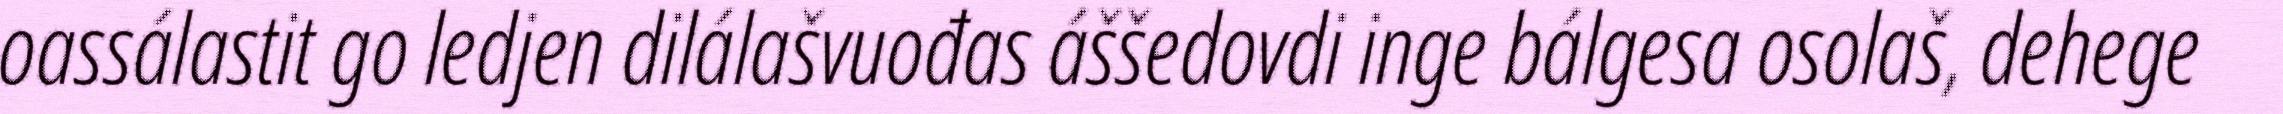
oassálastit go ledjen dilálašvuođas áššedovdi inge bálgesa osolaš, dehege